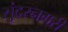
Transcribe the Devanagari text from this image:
सुंदरनगरी